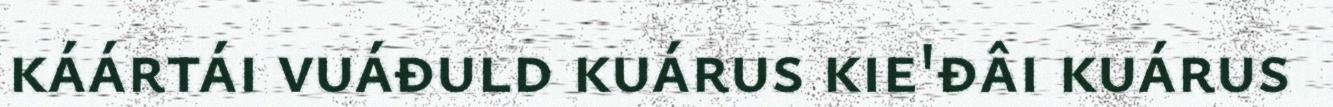
káártái vuáđuld kuárus kie'đâi kuárus